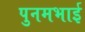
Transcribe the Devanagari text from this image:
पुनमभाई